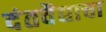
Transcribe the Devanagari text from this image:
दंतवैद्याचा